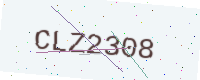
Text: CLZ2308